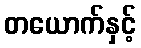
တယောက်နှင့်